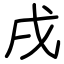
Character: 戌